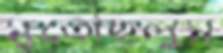
মুতেছিলুম